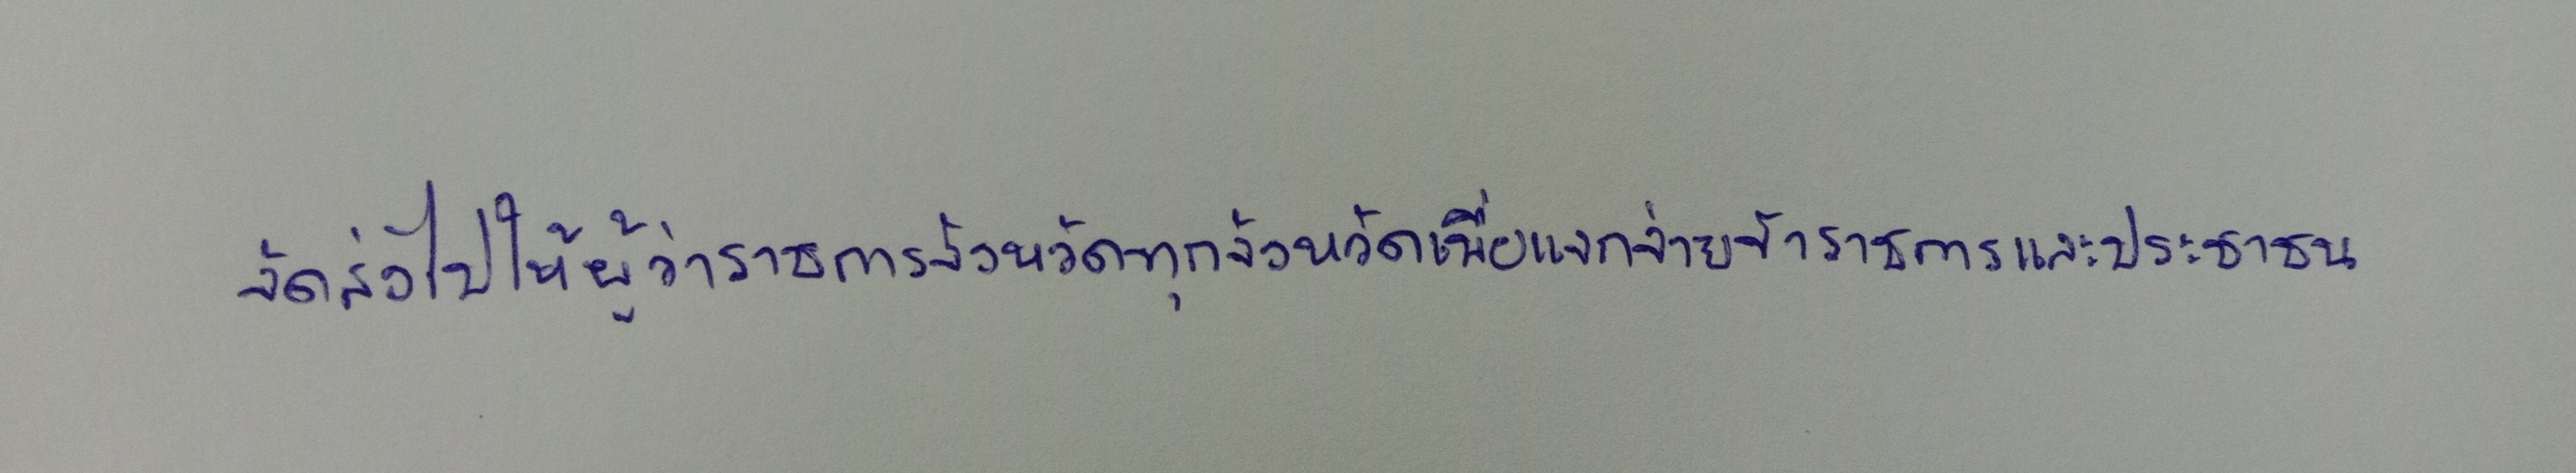
จัดส่งไปให้ผู้ว่าราชการจังหวัดทุกจังหวัดเพื่อแจกจ่ายข้าราชการและประชาชน